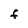
Character: F